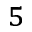
^ 5